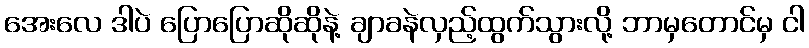
အေးလေ ဒါပဲ ပြောပြောဆိုဆိုနဲ့ ချာခနဲလှည့်ထွက်သွားလို့ ဘာမှတောင်မှ ငါ